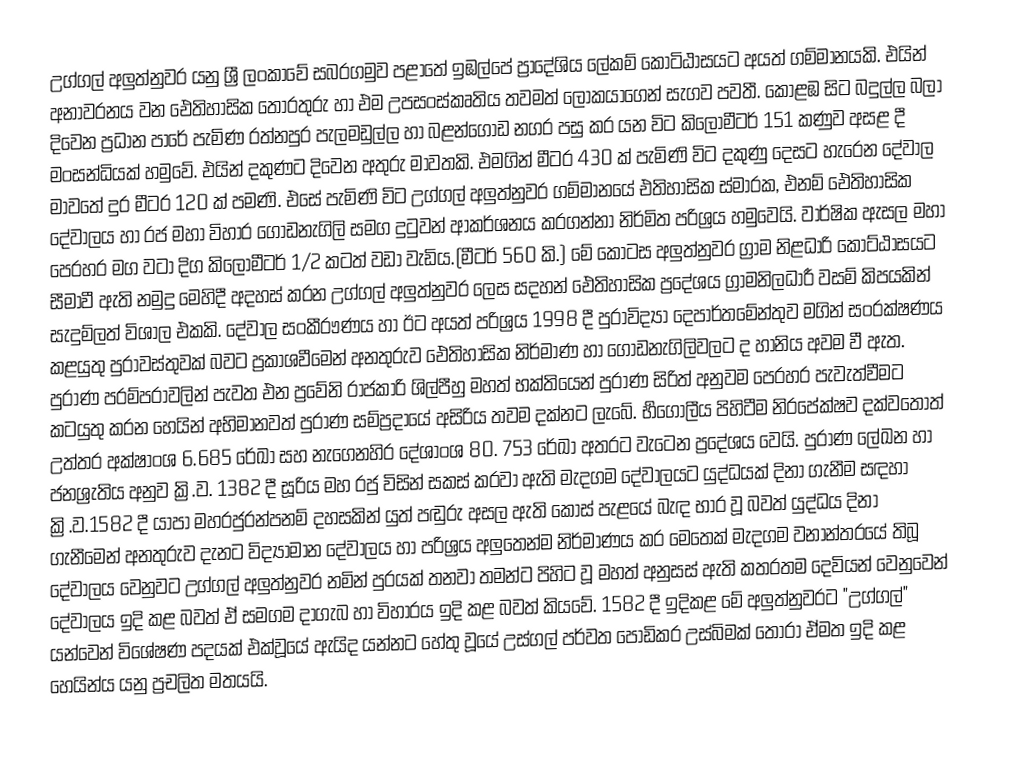
උග්ගල් අලුත්නුවර යනු ශ්‍රී ලංකාවේ සබරගමුව පළාතේ ඉඹල්පේ ප්‍රාදේශිය ලේකම් කොටිඨාසයට අයත් ගම්මානයකි. ‍එයින් අනාවරනය වන ඓතිහාසික ‍තොරතුරු හා එම උපසංස්කෘතිය  තවමත් ලෝකයාගෙන් සැගව පවතී. කොළඹ සිට බදුල්ල බලා දිවෙන ප්‍රධාන පාරේ පැමිණ රත්නපුර පැලමඩුල්ල හා බළන්ගොඩ නගර පසු කර යන විට කිලෝමීටර් 151 කණුව අසළ දී මංසන්ධියක් හමුවේ. එයින් දකුණට දිවෙන අතුරු මාවතකි. එමගින් මීටර 430 ක් පැමිණි විට දකුණු දෙසට හැරෙන දේවාල මාව‍තේ දුර මීටර 120 ක් පමණි. එසේ පැමිණි විට උග්ගල් අලුත්නුවර ගම්මානයේ එතිහාසික ස්මාරක, එනම් ඓතිහාසික දේවාලය හා රජ මහා විහාර ගොඩනැගිලි සමග දුටුවන් ආකර්ශනය කරගන්නා නිර්මිත පරිශ්‍රය හමුවෙයි. වාර්ෂික ඇසල මහා පෙරහර මග  වටා දිග කිලොමීටර් 1/2 කටත් වඩා වැඩිය.(මීටර් 560 කි.) මේ කොටස අලුත්නුවර ග්‍රාම නිළධාරි කොට්ඨාසයට සීමාවී ඇති නමුදු මෙහිදී අදහස් කරන උග්ගල් අලුත්නුවර ලෙස සදහන් ඓතිහාසික ප්‍රදේශය ග්‍රාමනිලධාරී වසම් කිපයකින් සැදුම්ලත් විශාල එකකි. දේවාල සංකීරෟණය හා ඊට අයත් පරිශ්‍රය 1998 දී පුරාවිද්‍යා දෙපාර්තමේන්තුව මගින් සංරක්ෂණය කළයුතු පුරාවස්තුවක් බවට ප්‍රකාශවීමෙන් අනතුරුව  ඓතිහාසික නිර්මාණ හා ගොඩනැගිලිවලට ද හානිය අවම වී ඇත. පුරාණ පරම්පරාවලින් පැවත එන ප්‍රවේනි රාජකාරි ශිල්පීහු මහත් භක්තියෙන් පුරාණ සිරිත් අනුවම පෙරහර පැවැත්වීමට කටයුතු කරන හෙයින් අභිමානවත් පුරාණ සම්ප්‍රදායේ අසිරිය තවම දක්නට ලැබේ. ර්‍භගෝලීය පිහිටීම නිරපේක්ෂව දක්වතොත් උත්තර අක්ෂාංශ 6.685  රේඛා සහ නැගෙනහිර දේශාංශ 80. 753 රේඛා අතරට වැටෙන ප්‍රදේශය වෙයි. පුරාණ ලේඛන හා ජනශ්‍රැතිය අනුව ක්‍රි.ව. 1382 දී සූරිය මහ රජු විසින් සකස් කරවා ඇති මැදගම දේවාලයට යුද්ධයක් දිනා ගැනීම සඳහා ක්‍රි.ව.1582 දී යාපා මහරජුරන්පනම් දහසකින් යුත් පඬුරු අසල ඇති කොස් පැළයේ බැඳ භාර වූ බවත් යුද්ධය දිනා ගැනීමෙන් අනතුරුව දැනට විද්‍යාමාන දේවාලය හා පරිශ්‍රය අලුතෙන්ම නිර්මාණය කර මෙතෙක් මැදගම වනාන්තරයේ තිබූ දේවාලය වෙනුවට  උග්ගල් අලුත්නුවර නමින් පුරයක් තනවා තමන්ට පිහිට වූ මහත් අනුසස් ඇති කතරතම දෙවියන් වෙනුවෙන් දේවාලය ඉදි කළ බවත් ඒ සමගම දාගැබ හා විහාරය ඉදි කළ බවත් කියවේ. 1582 දී ඉදිකළ මේ අලුත්නුවරට "උග්ගල්" යන්වෙන් විශේෂණ පදයක් එක්වූයේ ඇයිද යන්නට හේතු වූයේ උස්ගල් පර්වත පොඩිකර උස්බිමක් තෝරා ඒමත ඉදි කළ හෙයින්ය යනු ප්‍රචලිත මතයයි.